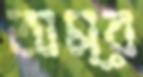
অম্র